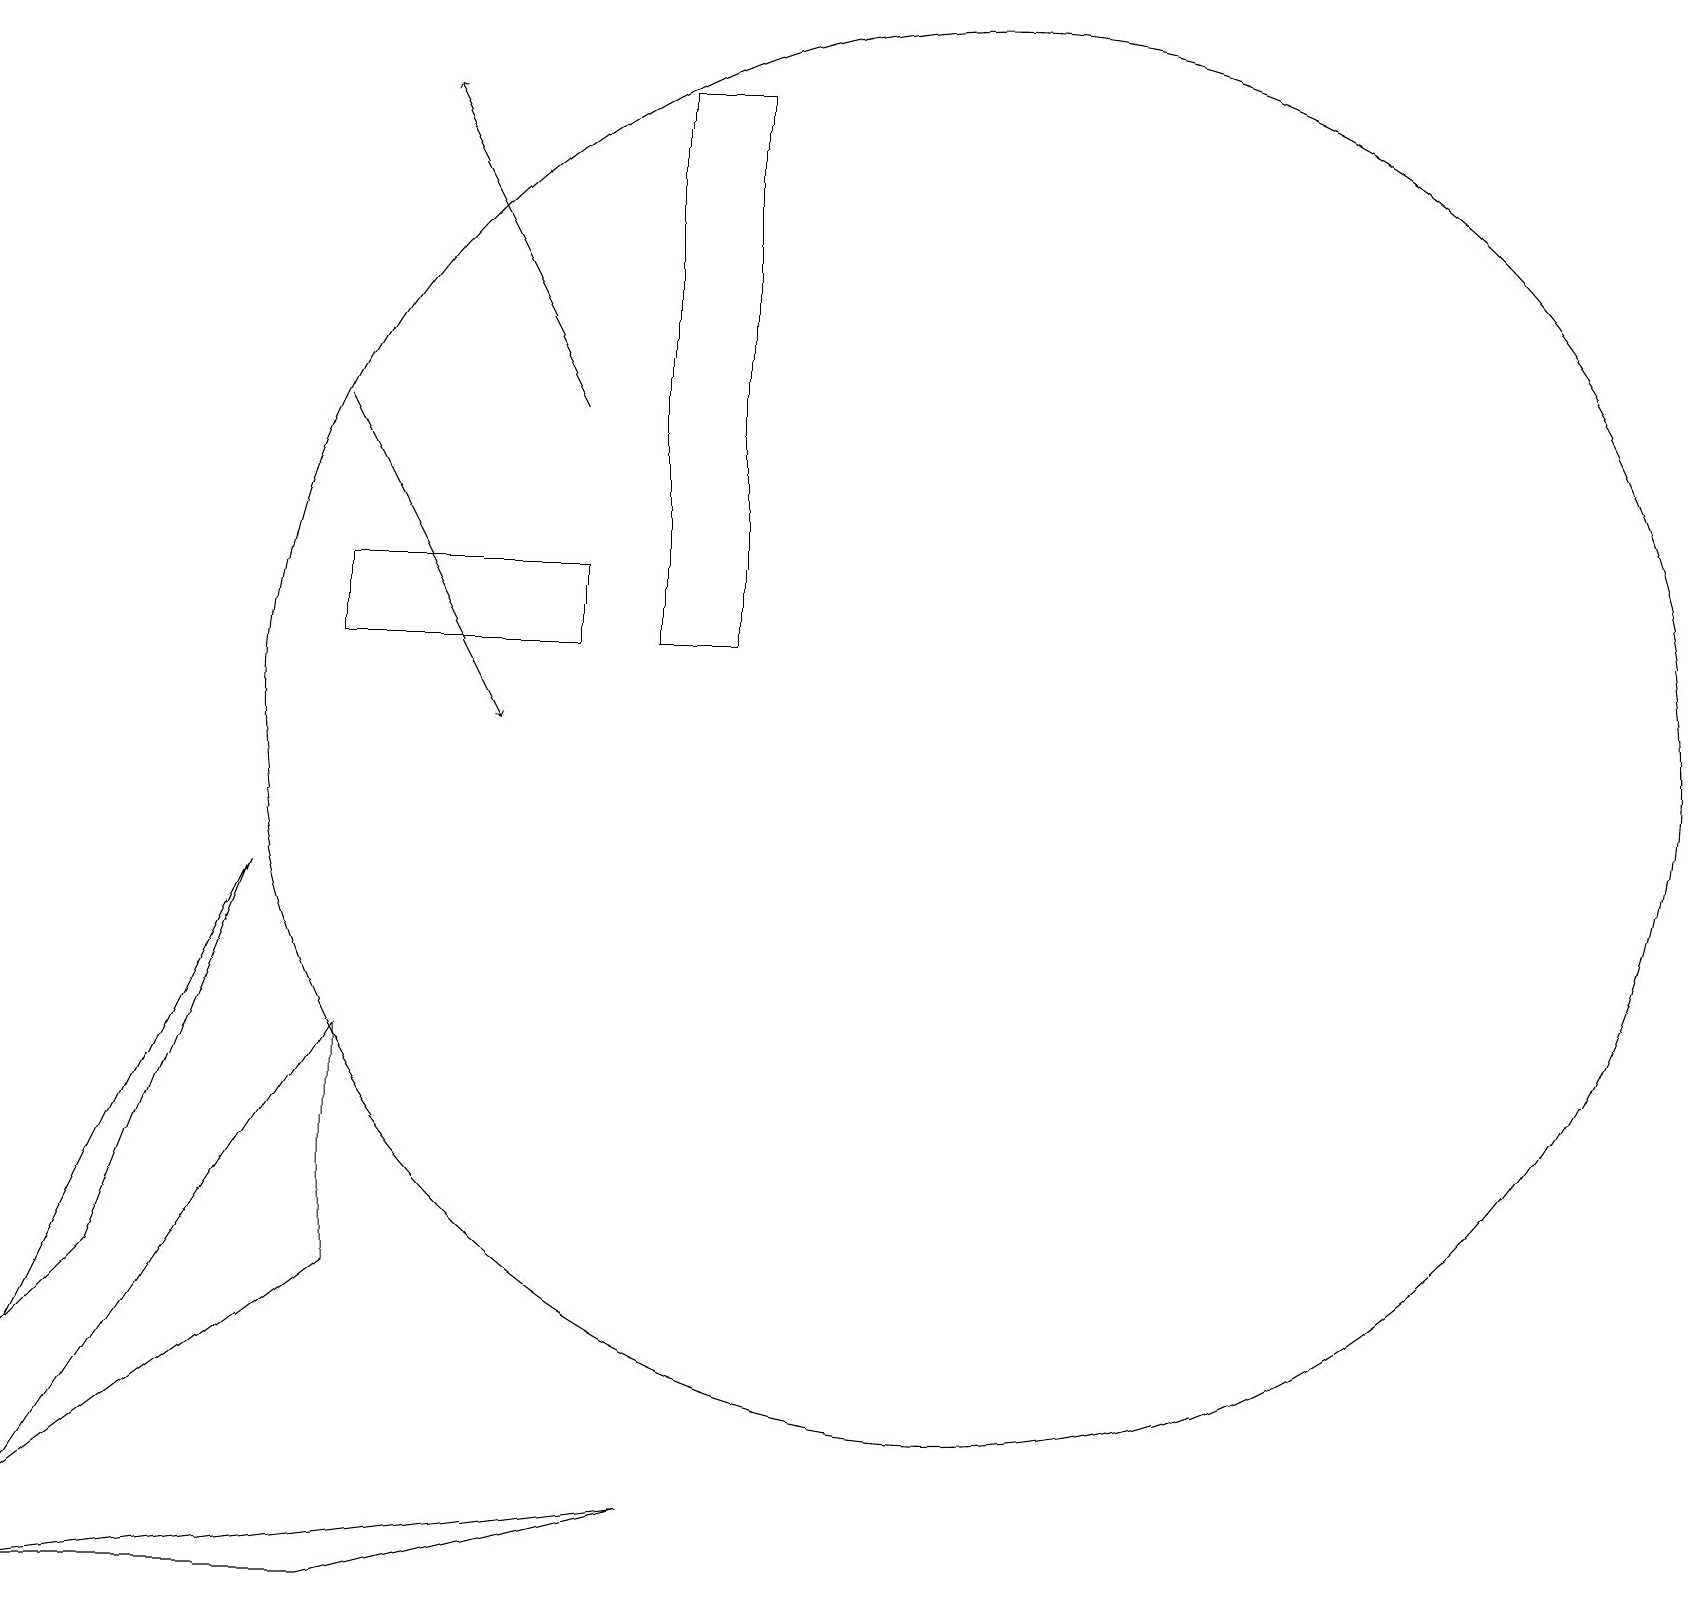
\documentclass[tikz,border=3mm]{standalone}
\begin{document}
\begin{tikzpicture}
\draw[->] (7,15) -- (5,19);
\draw (0,1) -- (4,4) -- (4,7) -- cycle;
\draw (1,4) -- (3,9) -- (0,3) -- cycle;
\draw (9,12) rectangle (8,19);
\draw[->] (4,15) -- (6,11);
\draw (8,1) -- (4,0) -- (0,0) -- cycle;
\draw (7,13) rectangle (4,12);
\draw (12,11) circle (9);
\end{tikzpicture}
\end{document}